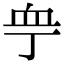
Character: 𧖧